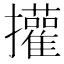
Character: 㩲